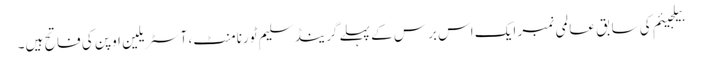
بیلجیئم کی سابق عالمی نمبر ایک اس برس کے پہلے گرینڈ سلیم ٹورنامنٹ، آسٹریلین اوپن کی فاتح ہیں۔